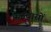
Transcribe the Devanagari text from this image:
केनवासों